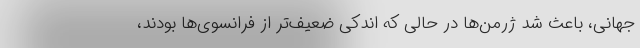
جهانی، باعث شد ژرمن‌ها در حالی که اندکی ضعیف‌تر از فرانسوی‌ها بودند،